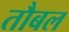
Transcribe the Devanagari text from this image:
तौबल